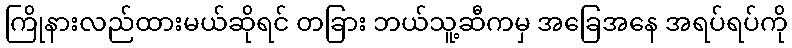
ကြိုနားလည်ထားမယ်ဆိုရင် တခြား ဘယ်သူ့ဆီကမှ အခြေအနေ အရပ်ရပ်ကို